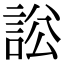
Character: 𧧡